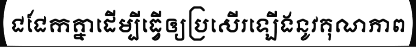
ជជែកគ្នាដើម្បីធ្វើឲ្យប្រសើរឡើងនូវគុណភាព